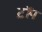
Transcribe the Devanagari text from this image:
ट़ॉप